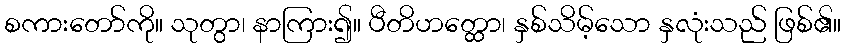
စကားတော်ကို။ သုတွာ၊ နာကြား၍။ ပီတိဟတ္ထော၊ နှစ်သိမ့်သော နှလုံးသည် ဖြစ်၏။